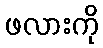
ဖလားကို